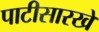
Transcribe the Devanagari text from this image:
पाटीसारखे